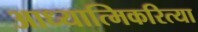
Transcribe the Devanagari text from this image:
आध्यात्मिकरित्या